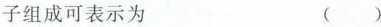
子组成可表示为 ()